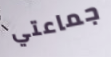
جماعتي